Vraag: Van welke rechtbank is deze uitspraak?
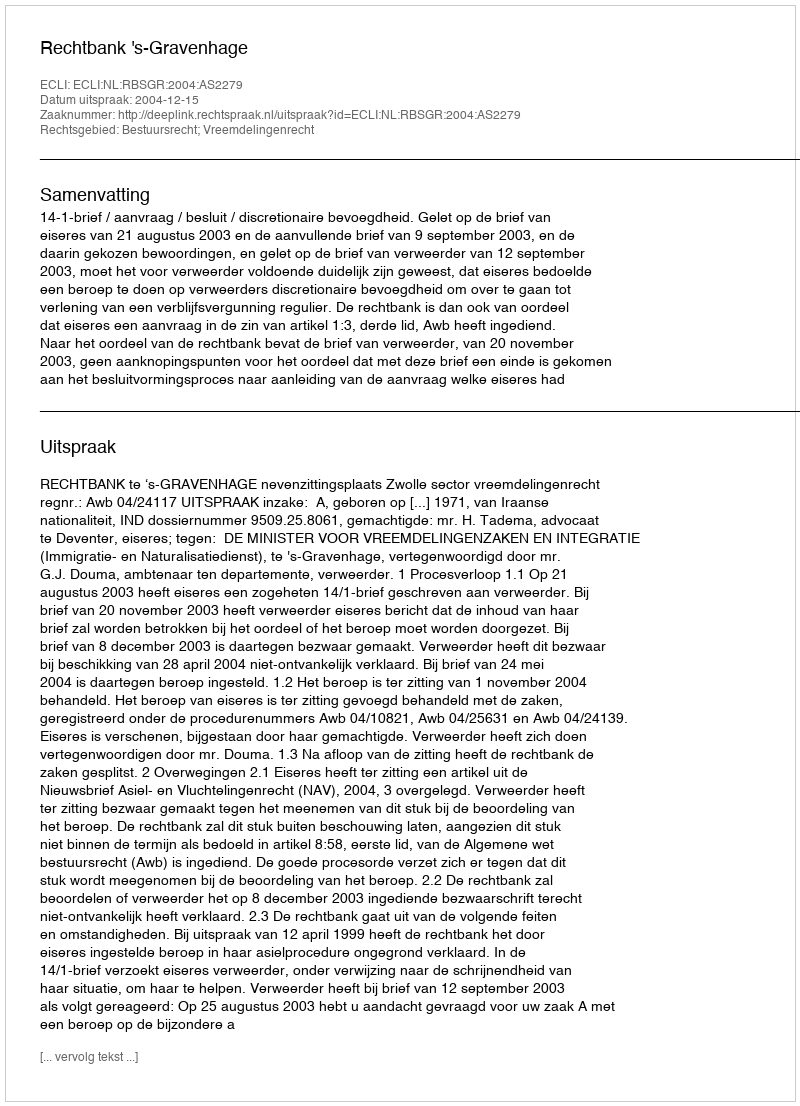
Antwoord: Rechtbank 's-Gravenhage